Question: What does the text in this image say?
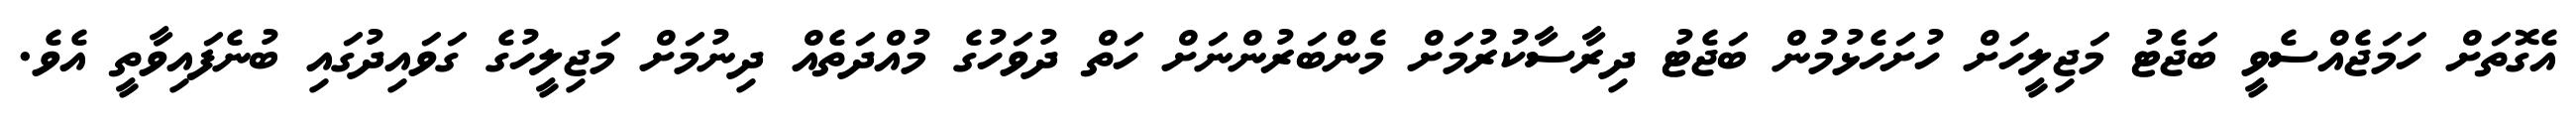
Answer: އެގޮތަށް ހަމަޖެއްސެވީ ބަޖެޓު މަޖިލީހަށް ހުށަހެޅުމުން ބަޖެޓު ދިރާސާކުރުމަށް މެންބަރުންނަށް ހަތް ދުވަހުގެ މުއްދަތެއް ދިނުމަށް މަޖިލީހުގެ ގަވައިދުގައި ބުނެފައިވާތީ އެވެ.